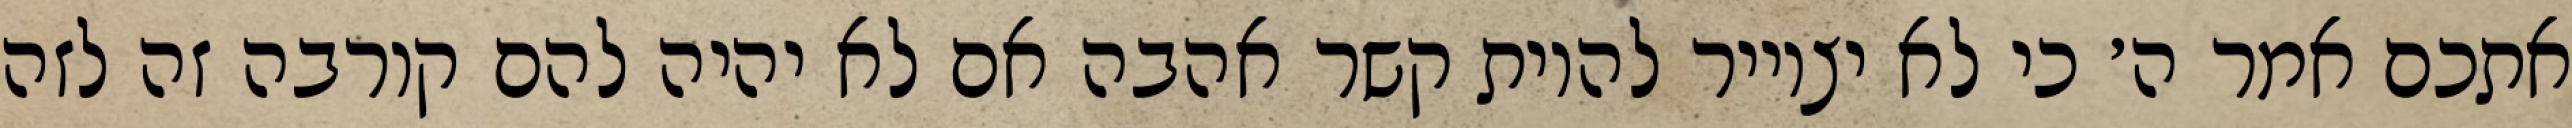
אתכם אמר ה׳ כי לא יצוייר להיות קשר אהבה אם לא יהיה להם קורבה זה לזה